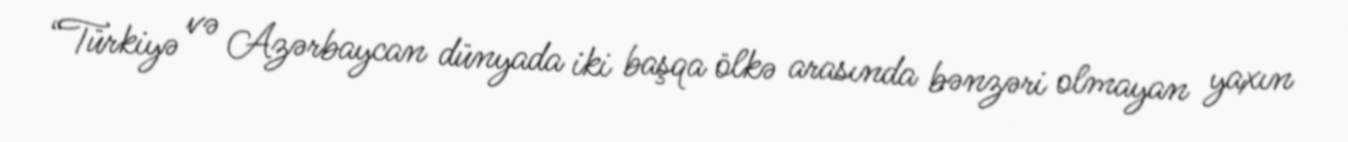
“Türkiyə və Azərbaycan dünyada iki başqa ölkə arasında bənzəri olmayan yaxın